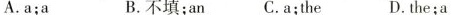
A.a;a B.不填;an C.A;the D.the;a